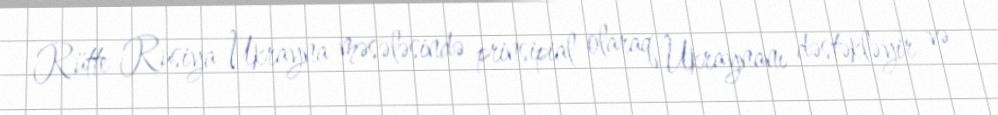
Rütte Rusiya-Ukrayna məsələsində prinsipial olaraq Ukraynanı dəstəkləyir və